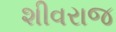
શીવરાજ